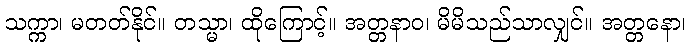
သက္ကာ၊ မတတ်နိုင်။ တသ္မာ၊ ထိုကြောင့်။ အတ္တနာဝ၊ မိမိသည်သာလျှင်။ အတ္တနော၊